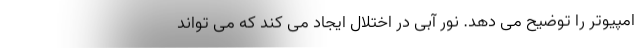
امپیوتر را توضیح می دهد. نور آبی در اختلال ایجاد می کند که می تواند